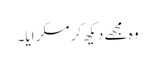
وہ مجھے دیکھ کر مسکرایا۔